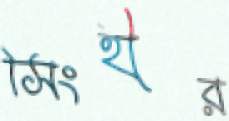
সিংহীর